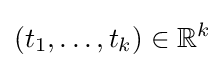
(t_{1},\dots ,t_{k})\in \mathbb {R} ^{k}